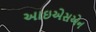
આઇએસએન